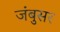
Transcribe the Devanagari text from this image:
जंबुसर